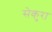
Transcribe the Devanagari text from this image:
सेकुरा